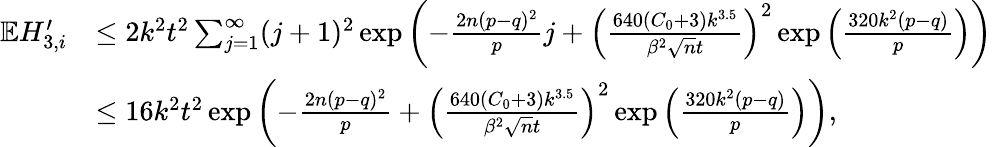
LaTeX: \begin{array}{rl}{\mathbb{E}H_{3,i}^{\prime}}&{\leq 2k^{2}t^{2}\sum_{j=1}^{\infty}(j+1)^{2}\exp\left(-\frac{2n(p-q)^{2}}{p}j+\left(\frac{640(C_{0}+3)k^{3.5}}{\beta^{2}\sqrt{n}t}\right)^{2}\exp\left(\frac{320k^{2}(p-q)}{p}\right)\right)}\\ &{\leq 16k^{2}t^{2}\exp\left(-\frac{2n(p-q)^{2}}{p}+\left(\frac{640(C_{0}+3)k^{3.5}}{\beta^{2}\sqrt{n}t}\right)^{2}\exp\left(\frac{320k^{2}(p-q)}{p}\right)\right),}\end{array}